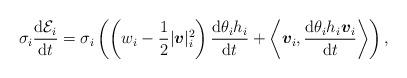
LaTeX: \begin{align*} \sigma_i \displaystyle\frac{{\rm d }{{\cal E}_i} }{ {\rm d} t} = \sigma_i \left( \left(w_i-\frac{1}{2}|\boldsymbol{v}|^2_i\right) \displaystyle\frac{{\rm d }{\theta_i h_i}}{ {\rm d} t} +\left< \boldsymbol{v}_i, \displaystyle\frac{{\rm d }{\theta_ih_i\boldsymbol{v}_i}}{ {\rm d} t} \right> \right),\end{align*}